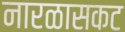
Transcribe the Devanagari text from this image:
नारळासकट